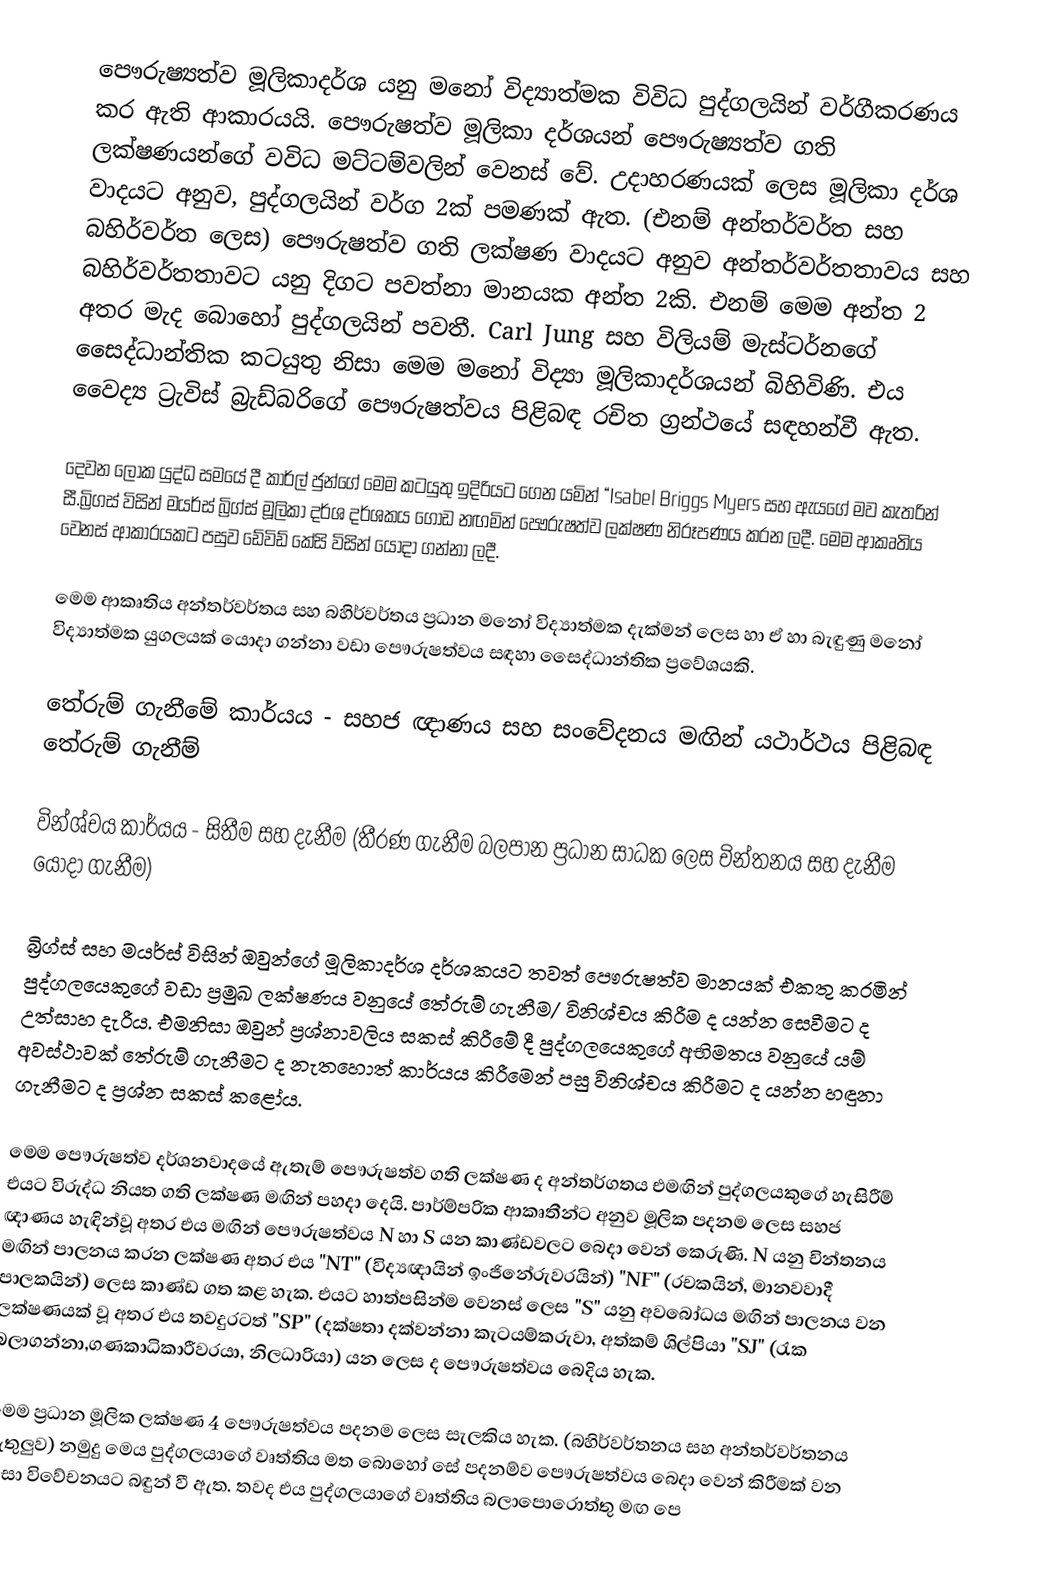
පෞරුෂ්‍යත්ව මූලිකාදර්ශ යනු මනෝ විද්‍යාත්මක විවිධ පුද්ගලයින් වර්ගීකරණය කර ඇති ආකාරයයි. පෞරුෂත්ව මූලිකා දර්ශයන් පෞරුෂ්‍යත්ව ගති ලක්ෂණයන්ගේ වවිධ මට්ටම්වලින් වෙනස් වේ. උදාහරණයක් ලෙස මූලිකා දර්ශ වාදයට අනුව, පුද්ගලයින් වර්ග 2ක් පමණක් ඇත. (එනම් අන්තර්වර්ත සහ බහිර්වර්ත ලෙස) පෞරුෂත්ව ගති ලක්ෂණ වාදයට අනුව අන්තර්වර්තතාවය සහ බහිර්වර්තතාවට යනු දිගට පවත්නා මානයක අන්ත 2කි. එනම් මෙම අන්ත 2 අතර මැද බොහෝ පුද්ගලයින් පවතී. Carl Jung සහ විලියම් මැස්ටර්නගේ සෛද්ධාන්තික කටයුතු නිසා මෙම මනෝ විද්‍යා මූලිකාදර්ශයන් බිහිවිණි. එය වෛද්‍ය ට්‍රැවිස් බ්‍රැඩ්බරිගේ පෞරුෂත්වය පිළිබඳ රචිත ග්‍රන්ථයේ සඳහන්වී ඇත.

දෙවන ලෝක යුද්ධ සමයේ දී කාර්ල් ජුන්ගේ මෙම කටයුතු ඉදිරියට ගෙන යමින් “Isabel Briggs Myers සහ ඇයගේ මව කැතරින් සී.බ්‍රිගස් විසින් මයර්ස් බ්‍රිග්ස් මූලිකා දර්ශ දර්ශකය ගොඩ නඟමින් පෞරුෂත්ව ලක්ෂණ නිරූපණය කරන ලදී. මෙම ආකෘතිය වෙනස් ආකාරයකට පසුව ඩේවිඩ් කේසි විසින් යොදා ගන්නා ලදී.

මෙම ආකෘතිය අන්තර්වර්තය සහ බහිර්වර්තය ප්‍රධාන මනෝ විද්‍යාත්මක දැක්මන් ලෙස හා ඒ හා බැඳුණු මනෝ විද්‍යාත්මක යුගලයක් යොදා ගන්නා වඩා පෞරුෂත්වය සඳහා සෛද්ධාන්තික ප්‍රවේශයකි.

තේරුම් ගැනීමේ කාර්යය - සහජ ඥාණය සහ සංවේදනය මඟින් යථාර්ථය පිළිබඳ තේරුම් ගැනීම්

වින්ශ්චය කාර්යය - සිතීම සහ දැනීම (තීරණ ගැනීම බලපාන ප්‍රධාන සාධක ලෙස චින්තනය සහ දැනීම යොදා ගැනීම)

බ්‍රිග්ස් සහ මයර්ස් විසින් ඔවුන්ගේ මූලිකාදර්ශ දර්ශකයට තවත් පෞරුෂත්ව මානයක් එකතු කරමින් පුද්ගලයෙකුගේ වඩා ප්‍රමුඛ ලක්ෂණය වනුයේ තේරුම් ගැනීම/ විනිශ්චය කිරීම ද යන්න සෙවීමට ද උත්සාහ දැරීය. එමනිසා ඔවුන් ප්‍රශ්නාවලිය සකස් කිරීමේ දී පුද්ගලයෙකුගේ අභිමතය වනුයේ යම් අවස්ථාවක් තේරුම් ගැනීමට ද නැතහොත් කාර්යය කිරීමෙන් පසු විනිශ්චය කිරීමට ද යන්න හඳුනා ගැනීමට ද ප්‍රශ්න සකස් කළෝය.

මෙම පෞරුෂත්ව දර්ශනවාදයේ ඇතැම් පෞරුෂත්ව ගති ලක්ෂණ ද අන්තර්ගතය එමඟින් පුද්ගලයකුගේ හැසිරීම් එයට විරුද්ධ නියත ගති ලක්ෂණ මඟින් පහදා දෙයි. පාර්ම්පරික ආකෘතීන්ට අනුව මූලික පදනම ලෙස සහජ ඥාණය හැඳින්වූ අතර එය මඟින් පෞරුෂත්වය N හා S යන කාණ්ඩවලට බෙදා වෙන් කෙරුණි. N යනු චින්තනය මඟින් පාලනය කරන ලක්ෂණ අතර එය "NT" (විද්‍යඥායින් ඉංජිනේරුවරයින්) "NF" (රචකයින්, මානවවාදී පාලකයින්) ලෙස කාණ්ඩ ගත කළ හැක. එයට හාත්පසින්ම වෙනස් ලෙස "S" යනු අවබෝධය මඟින් පාලනය වන ලක්ෂණයක් වූ අතර එය තවදුරටත් "SP" (දක්ෂතා දක්වන්නා කැටයම්කරුවා, අත්කම් ශිල්පියා "SJ" (රැක බලාගන්නා,ගණකාධිකාරීවරයා, නිලධාරියා) යන ලෙස ද පෞරුෂත්වය බෙදිය හැක.

මෙම ප්‍රධාන මූලික ලක්ෂණ 4 පෞරුෂත්වය පදනම ලෙස සැලකිය හැක. (බහිර්වර්තනය සහ අන්තර්වර්තනය ඇතුලුව) නමුදු මෙය පුද්ගලයාගේ වෘත්තිය මත බොහෝ සේ පදනම්ව පෞරුෂත්වය බෙදා වෙන් කිරීමක් වන නිසා විවේචනයට බඳුන් වී ඇත. තවද එය පුද්ගලයාගේ වෘත්තිය බලාපොරොත්තු මඟ පෙ